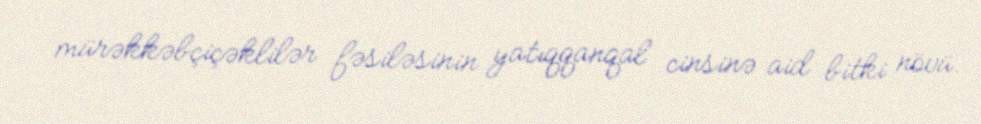
mürəkkəbçiçəklilər fəsiləsinin yatıqqanqal cinsinə aid bitki növü.